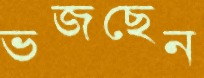
ভজছেন